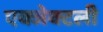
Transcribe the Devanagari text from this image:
एक्जेक्टली